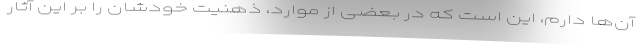
آن‌ها دارم، این است که در بعضی از موارد، ذهنیت خودشان را بر این آثار